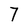
Character: 7